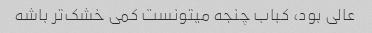
عالی بود، کباب چنجه میتونست کمی خشک‌تر باشه